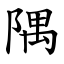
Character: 隅